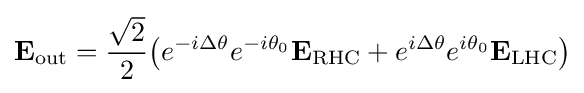
\mathbf {E} _{\text{out}}={\frac {\sqrt {2}}{2}}{\big (}e^{-i\Delta \theta }e^{-i\theta _{0}}\mathbf {E} _{\text{RHC}}+e^{i\Delta \theta }e^{i\theta _{0}}\mathbf {E} _{\text{LHC}}{\big )}